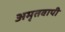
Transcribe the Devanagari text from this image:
अमृतवापी